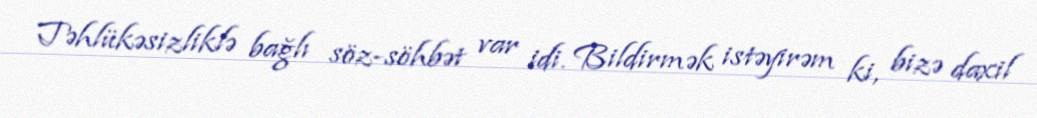
Təhlükəsizliklə bağlı söz-söhbət var idi. Bildirmək istəyirəm ki, bizə daxil